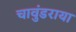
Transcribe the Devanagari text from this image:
चावुंडराया